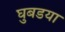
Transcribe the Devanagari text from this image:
घुबडया